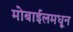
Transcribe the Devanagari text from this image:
मोबाईलमधून